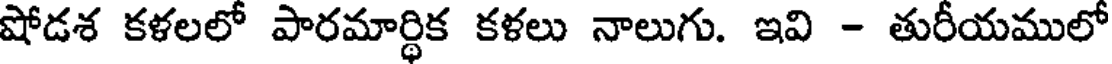
షోడశ కళలలో పారమార్థిక కళలు నాలుగు. ఇవి - తురీయములో